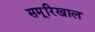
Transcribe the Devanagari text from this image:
समूरिखाल